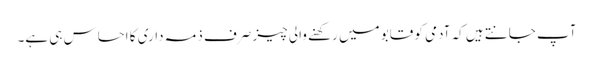
آپ جانتے ہیں کہ آدمی کو قابو میں رکھنے والی چیز صرف ذمہ داری کا احساس ہی ہے۔